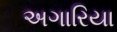
અગારિયા